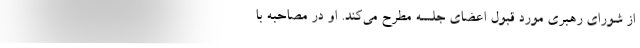
از شورای رهبری مورد قبول اعضای جلسه مطرح می‌کند. او در مصاحبه با